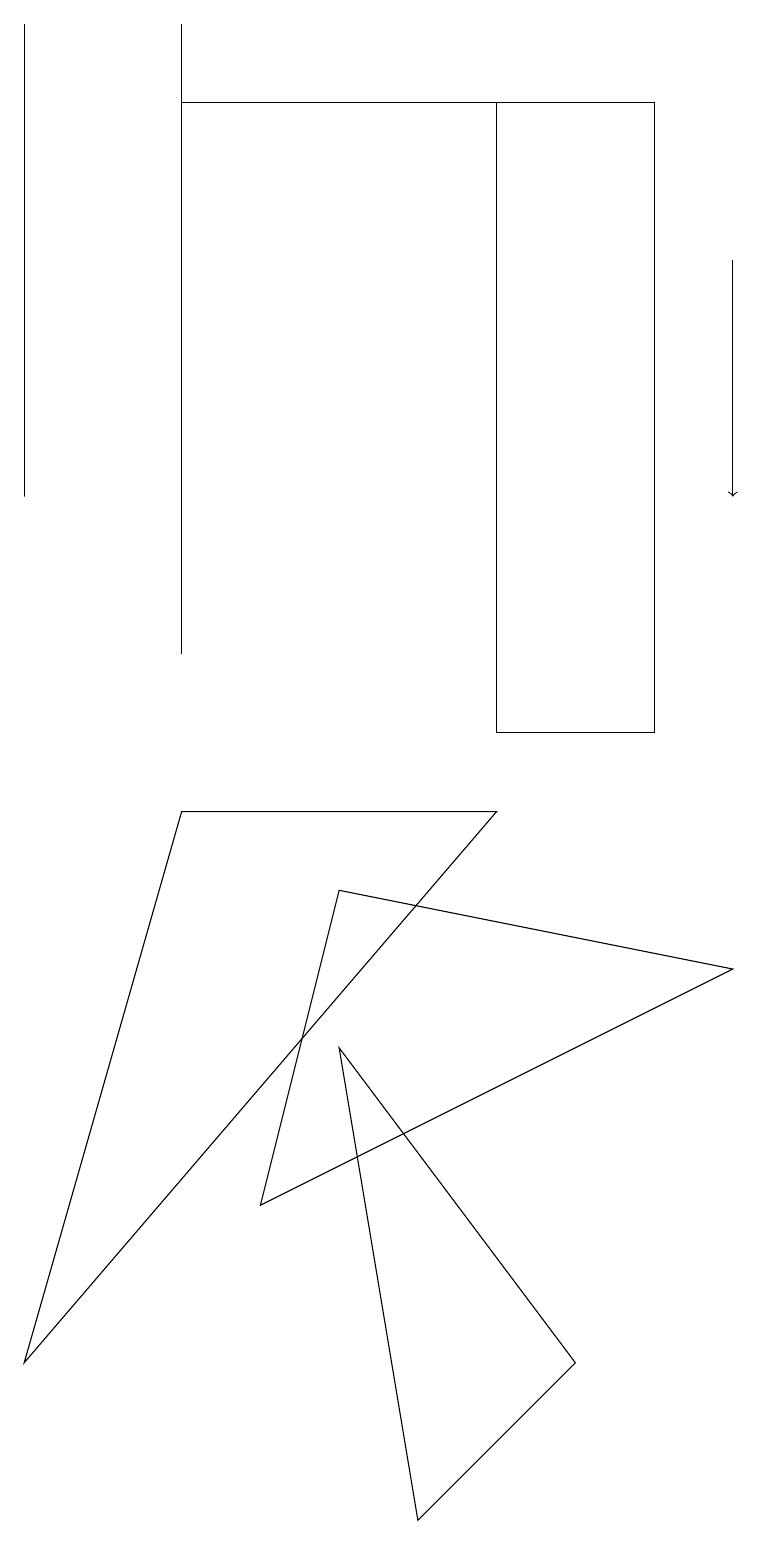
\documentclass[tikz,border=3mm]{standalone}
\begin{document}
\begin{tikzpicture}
\draw[->] (9,16) -- (9,13);
\draw (2,11) rectangle (2,19);
\draw (2,18) rectangle (8,18);
\draw (6,9) -- (0,2) -- (2,9) -- cycle;
\draw (8,10) rectangle (6,18);
\draw (9,7) -- (4,8) -- (3,4) -- cycle;
\draw (0,13) rectangle (0,19);
\draw (5,0) -- (4,6) -- (7,2) -- cycle;
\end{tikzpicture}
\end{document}